Indian journal of veterinary science and animal husbandry - Volume 14,
Year: 1944
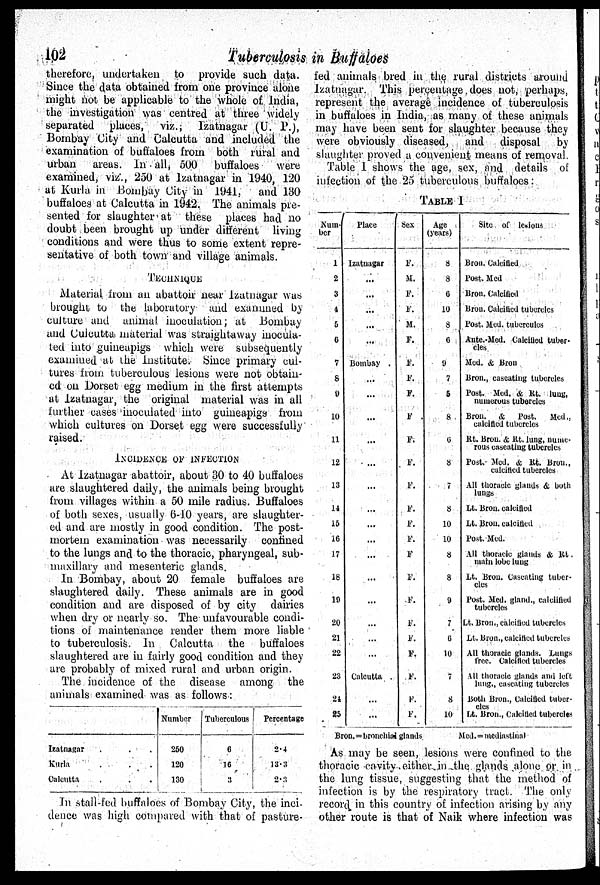
102
Tuberculosis in Buffaloes
therefore, undertaken to provide such data.
Since the data obtained from one province alone
might not be applicable to the whole of India,
the investigation was centred at three widely
separated places, viz., Izatnagar (U. P.),
Bombay City and Calcutta and included the
examination of buffaloes from both rural and
urban areas. In all, 500 buffaloes were
examined, viz., 250 at Izatnagar in 1940, 120
at Kurla in Bombay City in 1941, and 130
buffaloes at Calcutta in 1942. The animals pre-
sented for slaughter at these places had no
doubt been brought up under different living
conditions and were thus to some extent repre-
sentative of both town and village animals.
TECHNIQUE
Material from an abattoir near Izatnagar was
brought to the laboratory and examined by
culture and animal inoculation; at Bombay
and Culcutta material was straightaway inocula-
ted into guineapigs which were subsequently
examined at the Institute. Since primary cul-
tures from tuberculous lesions were not obtain-
ed on Dorset egg medium in the first attempts
at Izatnagar, the original material was in all
further cases inoculated into guineapigs from
which cultures on Dorset egg were successfully
raised.
INCIDENCE OF INFECTION
At Izatnagar abattoir, about 30 to 40 buffaloes
are slaughtered daily, the animals being brought
from villages within a 50 mile radius. Buffaloes
of both sexes, usually 6-10 years, are slaughter-
ed and are mostly in good condition. The post-
mortem examination was necessarily confined
to the lungs and to the thoracic, pharyngeal, sub-
maxillary and mesenteric glands.
In Bombay, about 20 female buffaloes are
slaughtered daily. These animals are in good
condition and are disposed of by city dairies
when dry or nearly so. The unfavourable condi-
tions of maintenance render them more liable
to tuberculosis. In Calcutta the buffaloes
slaughtered are in fairly good condition and they
are probably of mixed rural and urban origin.
The incidence of the disease among the
animals examined was as follows:
Izatnagar . . .
Kurla . . .
Calcutta . . .
Number
250
120
130
Tuberculous
6
16
3
Percentage
2.4
13.3
2.3
In stall-fed buffaloes of Bombay City, the inci-
dence was high compared with that of pasture-
fed animals bred in the rural districts around
Izatnagar. This percentage does not, perhaps,
represent the average incidence of tuberculosis
in buffaloes in India, as many of these animals
may have been sent for slaughter because they
were obviously diseased,
and disposal by
slaughter proved a convenient means of removal.
Table 1 shows the age, sex, and details of
infection of the 25 tuberculous buffaloes:
TABLE I
Num-
ber
1
2
3
4
5
6
7
8
9
10
11
12
13
14
15
16
17
18
19
20
21
22
23
24
25
Place
Izatnagar
...
...
...
...
...
Bombay .
...
...
...
...
...
...
...
...
...
...
...
...
...
...
...
Calcutta .
...
...
Sex
F.
M.
F.
F.
M.
F.
F.
F.
F.
F.
F.
F.
F.
F.
F.
F.
F.
F.
F.
F.
F.
F.
F.
F.
F.
Age
(years)
8
8
6
10
8
6
9
7
5
8
6
8
7
8
10
10
8
8
9
7
6
10
7
8
10
Site of lesions
Broil. Calcified
Post. Med
Bron. Calcified
Bron. Calcified tubercles
Post. Med. tubereules
Ante.-Med. Calcified tuber-
cles
Med. & Bron
Bron., caseating tubercles
Post. Med. & Rt. lung,
numerous tubercles
Bron. & Post. Med.,
calcified tubercles
Rt. Bron. & Rt. lung, nume-
rous caseating tubercles
Post. Med. & Rt. Bron.,
calcified tubercles
All thoracic glands & both
lungs
Lt. Bron. calcified
Lt. Bron. calcified
Post. Med.
All thoracic glands & Rt.
main lobe lung
Lt. Bron. Caseating tuber-
cles
Post. Med. gland., calciified
tubercles
Lt. Bron., calcified tubercles
Lt. Bron., calcified tubercles
All thoracic glands. Lungs
free. Calcified tubercles
All thoracic glands and left
lung., caseating tubercles
Both Bron., Calcified tuber-
cles
Lt. Bron., Calcified tubercles
Bron. = bronchial glands
Med. = mediastinal
As may be seen, lesions were confined to the
thoracic cavity either in the glands alone or in
the lung tissue, suggesting that the method of
infection is by the respiratory tract. The only
record in this country of infection arising by any
other route is that of Naik where infection was